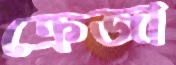
ক্রেজা